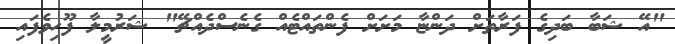
"އޭ ޝަބާ ބަދިގެ ފަރާތަށް ދަންޏާ މަށަށް ފެންތައްޓެއް ގެނެސްދެއްޗޭ" ޝަރުމީލާ ފޫހިވެފައި